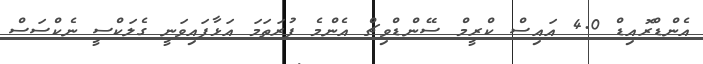
އެންޑްރޮއިޑް 4.0 އައިސް ކްރީމް ސޭންޑްވިޗް އެންމެ ފުރަތަމަ އަޅާފައިވަނީ ގެލަކްސީ ނެކްސަސް